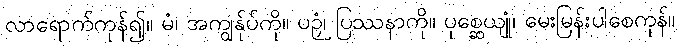
လာရောက်ကုန်၍။ မံ၊ အကျွန်ုပ်ကို။ ပဉှံ၊ ပြဿနာကို။ ပုစ္ဆေယျုံ၊ မေးမြန်းပါစေကုန်။